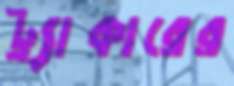
ট্র্যাকারের